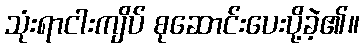
သုံးရာငါးကျိပ် စုဆောင်းပေးပို့ခဲ့၏။